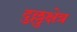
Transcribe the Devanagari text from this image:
दुल्लुक्षेत्र